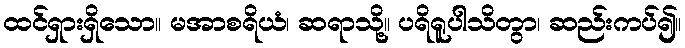
ထင်ရှားရှိသော။ မအာစရိယံ၊ ဆရာသို့။ ပရိရူပါသိတွာ၊ ဆည်းကပ်၍။